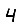
Digit: 4